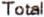
TOTAL